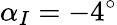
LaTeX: \alpha_{I}=-4^{\circ}